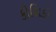
કોશિકી